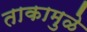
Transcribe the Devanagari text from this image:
ताकामुळे